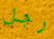
رجل